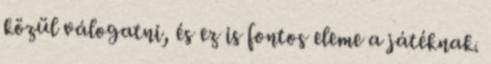
közül válogatni, és ez is fontos eleme a játéknak.